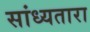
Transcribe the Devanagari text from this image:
सांध्यतारा